Vaccination in Bombay 1874-1876 - 1874-1876
Year: 1874
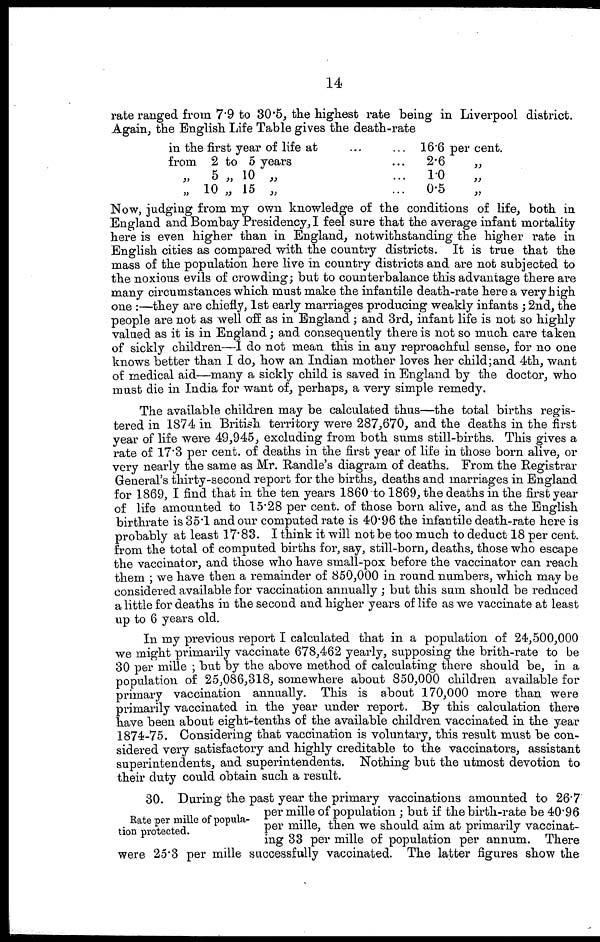
14
rate ranged from 7.9 to 30.5, the highest rate being in Liverpool district.
Again, the English Life Table gives the death-rate
in the first year of life at
from 2 to 5 years
„
5 „ 10 „
„ 10 „ 15 „
16.6 per cent.
2.6
„
1.0
„
0.5
Now, judging from my own knowledge of the conditions of life, both in
England and Bombay Presidency, I feel sure that the average infant mortality
here is even higher than in England, notwithstanding the higher rate in
English cities as compared with the country districts. It is true that the
mass of the population here live in country districts and are not subjected to
the noxious evils of crowding; but to counterbalance this advantage there are
many circumstances which must make the infantile death-rate here a very high
one :—they are chiefly, 1st early marriages producing weakly infants ; 2nd, the
people are not as well off as in England; and 3rd, infant life is not so highly
valued as it is in England; and consequently there is not so much care taken
of sickly children—I do not mean this in any reproachful sense, for no one
knows better than I do, how an Indian mother loves her child;and 4th, want
of medical aid—many a sickly child is saved in England by the doctor, who
must die in India for want of, perhaps, a very simple remedy.
The available children may be calculated thus—the total births regis-
tered in 1874 in British territory were 287,670, and the deaths in the first
year of life were 49,945, excluding from both sums still-births. This gives a
rate of 17.3 per cent. of deaths in the first year of life in those born alive, or
very nearly the same as Mr. Randle's diagram of deaths. From the Registrar
General's thirty-second report for the births, deaths and marriages in England
for 1869, I find that in the ten years 1860 to 1869, the deaths in the first year
of life amounted to 15.28 per cent. of those born alive, and as the English
birthrate is 35.1 and our computed rate is 40.96 the infantile death-rate here is
probably at least 17.83. I think it will not be too much to deduct 18 per cent.
from the total of computed births for, say, still-born, deaths, those who escape
the vaccinator, and those who have small-pox before the vaccinator can reach
them ; we have then a remainder of 850,000 in round numbers, which may be
considered available for vaccination annually ; but this sum should be reduced
a little for deaths in the second and higher years of life as we vaccinate at least
up to 6 years old.
In my previous report I calculated that in a population of 24,500,000
we might primarily vaccinate 678,462 yearly, supposing the brith-rate to be
30 per mille ; but by the above method of calculating there should be, in a
population of 25,086,318, somewhere about 850,000 children available for
primary vaccination annually. This is about 170,000 more than were
primarily vaccinated in the year under report. By this calculation there
have been about eight-tenths of the available children vaccinated in the year
1874-75. Considering that vaccination is voluntary, this result must be con-
sidered very satisfactory and highly creditable to the vaccinators, assistant
superintendents, and superintendents. Nothing but the utmost devotion to
their duty could obtain such a result.
Rate per mille of popula-
tion protected.
30. During the past year the primary vaccinations amounted to 26.7
per mille of population ; but if the birth-rate be 40.96
per mille, then we should aim at primarily vaccinat-
ing 33 per mille of population per annum. There
were 25.3 per mille successfully vaccinated. The latter figures show the